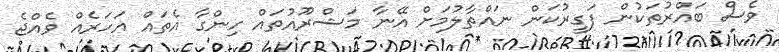
ވެސް ބައްރުތަކުން ފަގީރުކަން ނައްތާލުމަށް އޭނާ މަޝްރޫއުތައް ހިންގާ އެތައް އަހަރެއް ވެއްޖެ